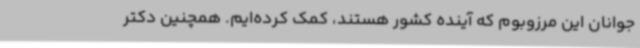
جوانان این مرزوبوم که آینده کشور هستند، کمک کرده‌ایم. همچنین دکتر